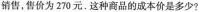
销售，售价为270元. 这种商品的成本价是多少?